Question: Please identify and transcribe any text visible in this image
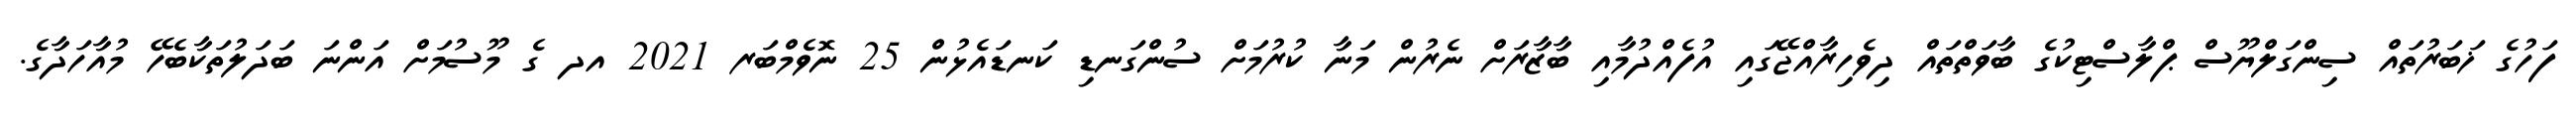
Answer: ފަހުގެ ޚަބަރުތައް ސިންގަލްޔޫސް ޕްލާސްޓިކުގެ ބާވަތްތައް ދިވެހިރާއްޖޭގައި އުފެއްދުމާއި ބާޒާރަށް ނެރުން މަނާ ކުރުމަށް ސުންގަނޑި ކަނޑައެޅުން 25 ނޮވެމްބަރ 2021 އދ ގެ މޫސުމަށް އަންނަ ބަދަލުތަކާބެހޭ މުއާހަދާގެ.